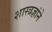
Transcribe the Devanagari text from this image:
शास्त्रज्ञांने